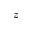
z